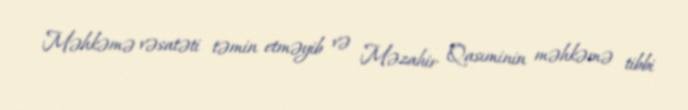
Məhkəmə vəsatəti təmin etməyib və Məzahir Qasıminin məhkəmə tibbi